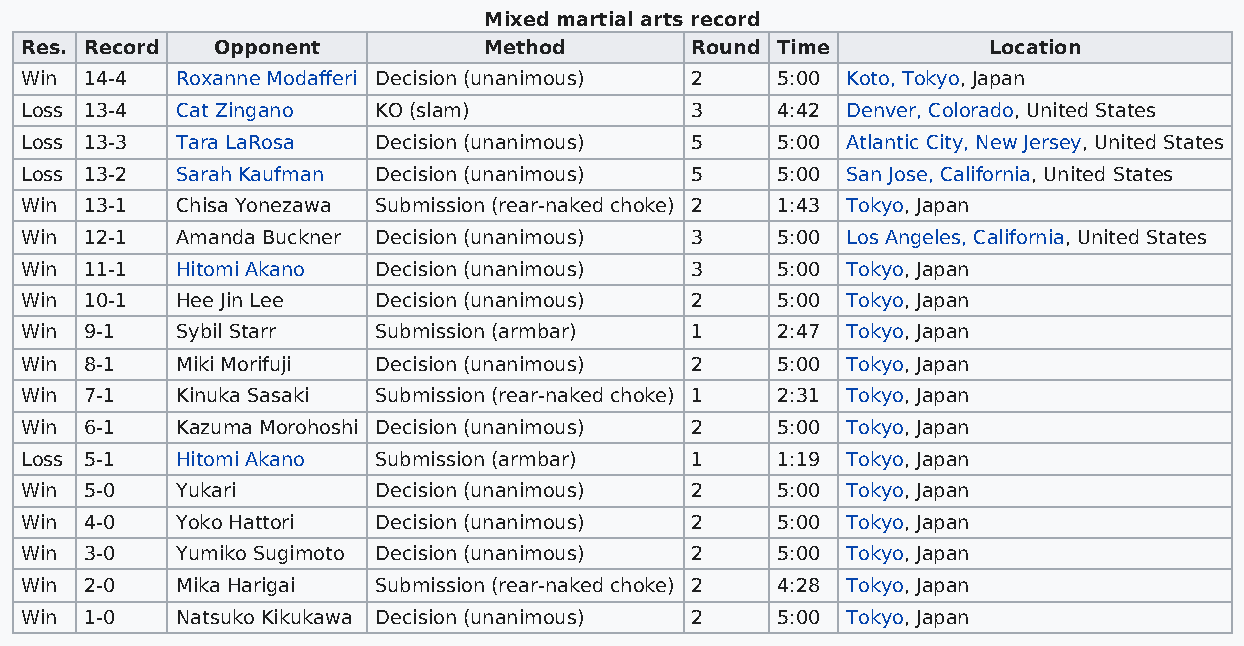
Mixed martial arts record
 Res. Record  Opponent          Method        Round Time         Location
 Win  14-4  Roxanne Modafferi Decision (unanimous) 2 5:00 Koto, Tokyo, Japan
 Loss 13-4  Cat Zingano  KO (slam)            3    4:42 Denver, Colorado, United States
 Loss 13-3  Tara LaRosa  Decision (unanimous) 5    5:00 Atlantic City, New Jersey, United States
 Loss 13-2  Sarah Kaufman Decision (unanimous) 5   5:00 San Jose, California, United States
 Win  13-1  Chisa Yonezawa Submission (rear-naked choke) 2 1:43 Tokyo, Japan
 Win  12-1  Amanda Buckner Decision (unanimous) 3  5:00 Los Angeles, California, United States
 Win  11-1  Hitomi Akano Decision (unanimous) 3    5:00 Tokyo, Japan
 Win  10-1  Hee Jin Lee  Decision (unanimous) 2    5:00 Tokyo, Japan
 Win  9-1   Sybil Starr  Submission (armbar)  1    2:47 Tokyo, Japan
 Win  8-1   Miki Morifuji Decision (unanimous) 2   5:00 Tokyo, Japan
 Win  7-1   Kinuka Sasaki Submission (rear-naked choke) 1 2:31 Tokyo, Japan
 Win  6-1   Kazuma Morohoshi Decision (unanimous) 2 5:00 Tokyo, Japan
 Loss 5-1   Hitomi Akano Submission (armbar)  1    1:19 Tokyo, Japan
 Win  5-0   Yukari       Decision (unanimous) 2    5:00 Tokyo, Japan
 Win  4-0   Yoko Hattori Decision (unanimous) 2    5:00 Tokyo, Japan
 Win  3-0   Yumiko Sugimoto Decision (unanimous) 2 5:00 Tokyo, Japan
 Win  2-0   Mika Harigai Submission (rear-naked choke) 2 4:28 Tokyo, Japan
 Win  1-0   Natsuko Kikukawa Decision (unanimous) 2 5:00 Tokyo, Japan